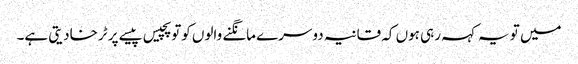
میں تو یہ کہہ رہی ہوں کہ قانیہ دوسرے مانگنے والوں کوتو پچیس پیسے پر ٹرخادیتی ہے۔